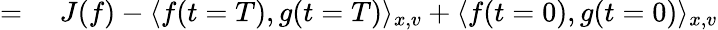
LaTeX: \begin{array}{rl}{=}&{{}\, \, J(f)-\langle f(t=T),g(t=T)\rangle_{x,v}+\langle f(t=0),g(t=0)\rangle_{x,v}}\end{array}